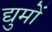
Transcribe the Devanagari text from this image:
द्युमों